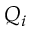
Q _ { i }